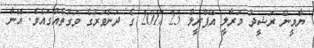
ޔާމީން ރަޝީދު މަރާލީ އޭޕްރީލް 23 2017 ގެ ދަންވަރުގެ ވަގުތެއްގައެވެ. އޭނާ